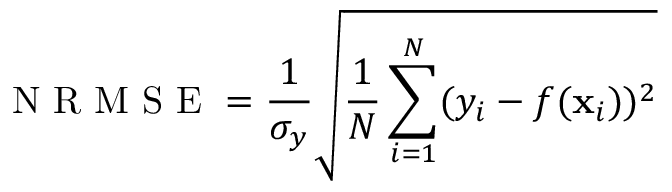
\mathrm { ~ N ~ R ~ M ~ S ~ E ~ } = \frac { 1 } { \sigma _ { y } } \sqrt { \frac { 1 } { N } \sum _ { i = 1 } ^ { N } ( y _ { i } - f ( \mathbf { x } _ { i } ) ) ^ { 2 } }